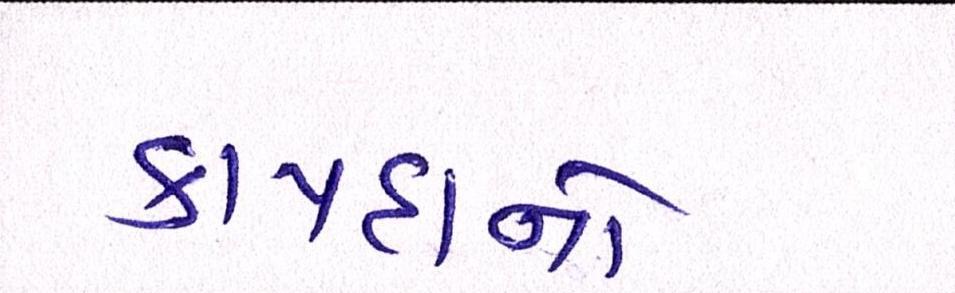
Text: કાયદાનો